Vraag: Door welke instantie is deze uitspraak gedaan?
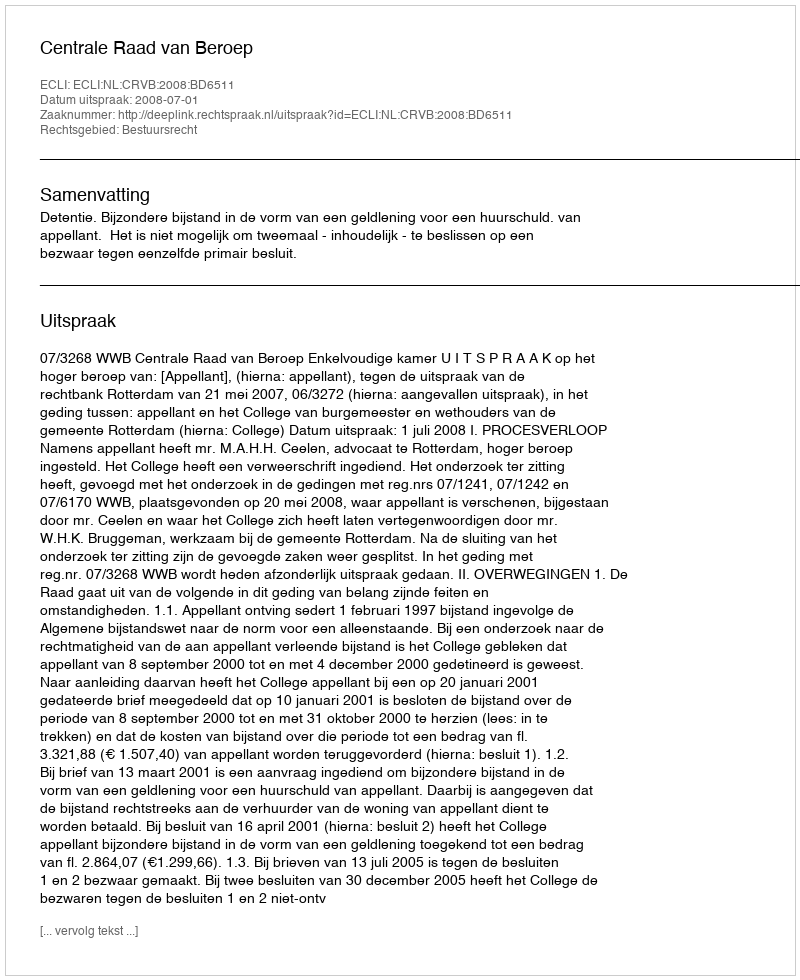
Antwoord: Centrale Raad van Beroep